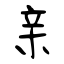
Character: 亲